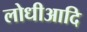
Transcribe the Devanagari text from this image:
लोधीआदि